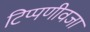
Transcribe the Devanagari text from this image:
टिप्पणीवजा